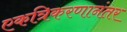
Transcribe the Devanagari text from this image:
एकत्रिकरणानंतर